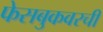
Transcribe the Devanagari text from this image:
फेसबुकवरची